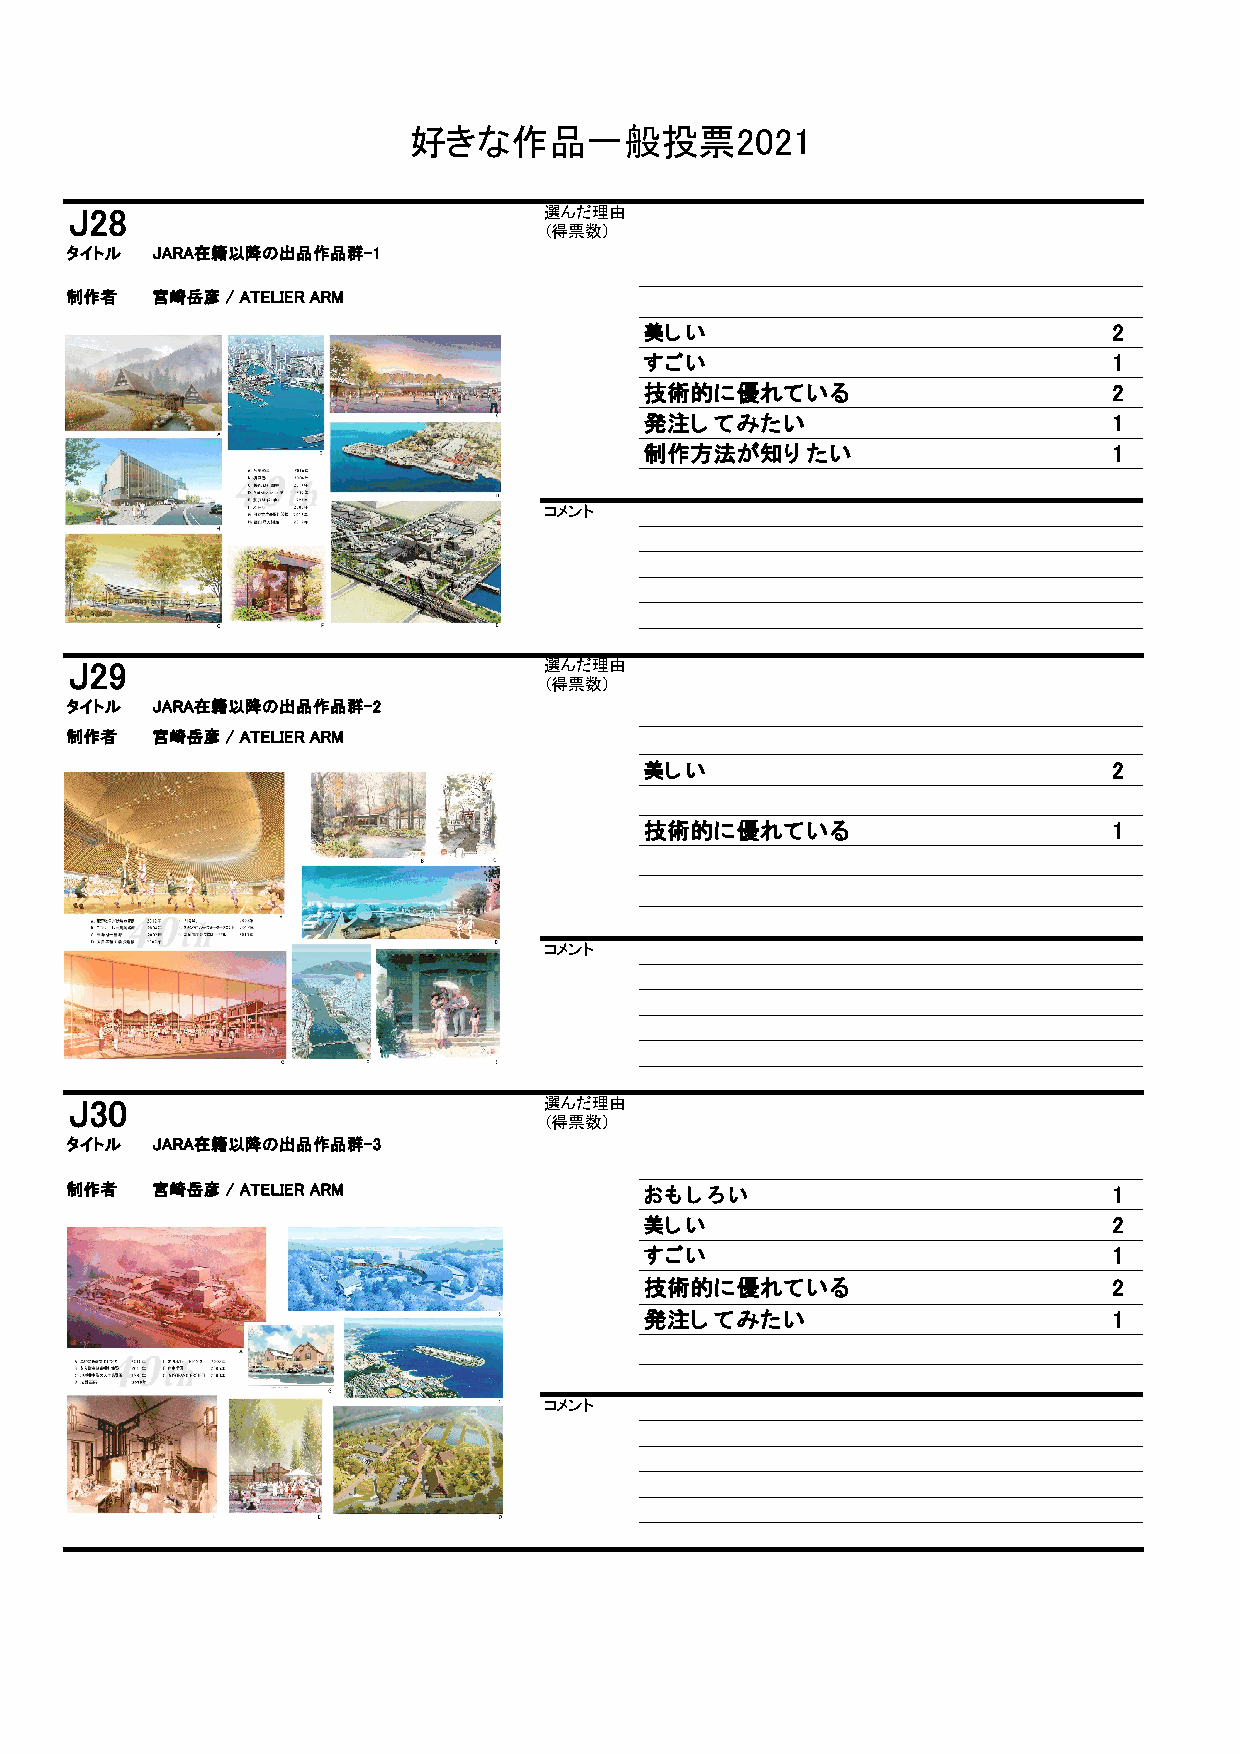
好きな作品一般投票2021
 J28                            選んだ理由
 （得票数）
 タイトル JARA在籍以降の出品作品群-1
 制作者  宮崎岳彦 / ATELIER ARM
 美しい                            2
 すごい                            1
 技術的に優れている                      2
 発注してみたい                        1
 制作方法が知りたい                      1
 コメント
 J29                            選んだ理由
 （得票数）
 タイトル JARA在籍以降の出品作品群-2
 制作者  宮崎岳彦 / ATELIER ARM
 美しい                            2
 技術的に優れている                      1
 コメント
 J30                            選んだ理由
 （得票数）
 タイトル JARA在籍以降の出品作品群-3
 制作者  宮崎岳彦 / ATELIER ARM               おもしろい                          1
 美しい                            2
 すごい                            1
 技術的に優れている                      2
 発注してみたい                        1
 コメント